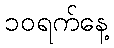
၁၀ရက်နေ့